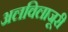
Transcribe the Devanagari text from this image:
अलविलाजूरी